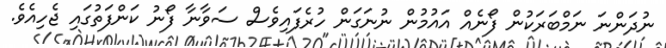
ނުދަންނަ ނަމްބަރަކުން ފޯނެއް އައުމުން ނުނަގަން ހުރެފައިވެސް ސަވާނާ ފޯނު ކަންފަތުގައި ޖެހިއެވެ.